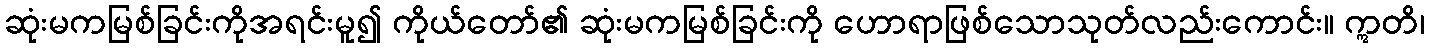
ဆုံးမကမြစ်ခြင်းကိုအရင်းမူ၍ ကိုယ်တော်၏ ဆုံးမကမြစ်ခြင်းကို ဟောရာဖြစ်သောသုတ်လည်းကောင်း။ ဣတိ၊